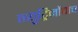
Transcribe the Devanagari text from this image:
न्युट्रिनोंचाच